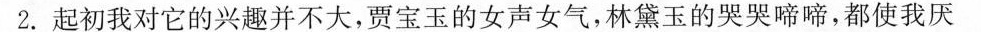
2.起初我对它的兴趣并不大，贾宝玉的女声女气，林黛玉的哭哭啼啼，都使我厌